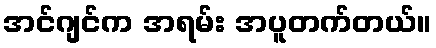
အင်ဂျင်က အရမ်း အပူတက်တယ်။